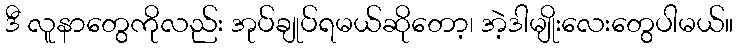
ဒီ လူနာတွေကိုလည်း အုပ်ချုပ်ရမယ်ဆိုတော့၊ အဲ့ဒါမျိုးလေးတွေပါမယ်။